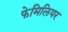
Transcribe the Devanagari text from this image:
फेमिलियर